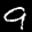
Label: 9